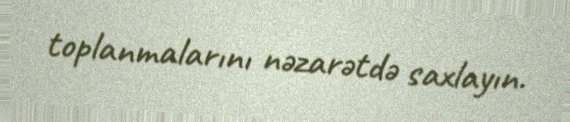
toplanmalarını nəzarətdə saxlayın.